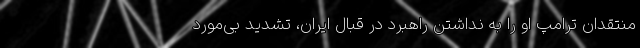
منتقدان ترامپ او را به نداشتن راهبرد در قبال ایران، تشدید بی‌مورد